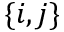
\{ i , j \}